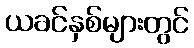
ယခင်နှစ်များတွင်